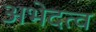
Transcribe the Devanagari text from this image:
अभेदत्व